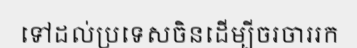
ទៅដល់ប្រទេសចិនដើម្បីចរចាររក